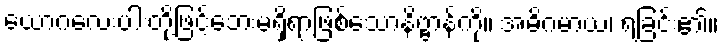
ယောဂလေးပါးတို့ဖြင့်ဘေးမရှိရာဖြစ်သောနိဗ္ဗာန်ကို။ အဓိဂမာယ၊ ရခြင်း၏။